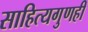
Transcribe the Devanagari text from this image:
साहित्यगुणही